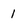
Character: 1